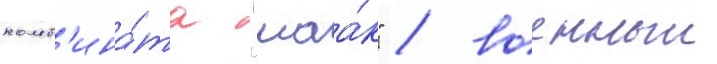
комб'ина́та "маа́к" / военныи